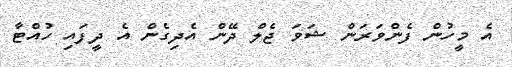
އެ މީހުން ފެންވަރަން ޝަވަ ޖެލް ދޭން އެދިގެން އެ ދީފައި ހުއްޓާ